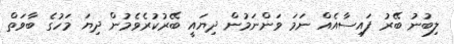
ލިބުނު ބޭރު ފައިސާއެއް ނަމަ ވަންނަމުން ދިޔައީ ބޭރުކުރެވެމުން ދިޔަ މަހުގެ ބާވަތް